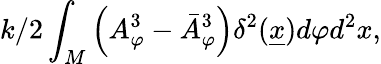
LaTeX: {k/2}\int_{M}\left(A_{\varphi}^{3}-\bar{A}_{\varphi}^{3}\right)\delta^{2}(\underline{{{x}}})d\varphi d^{2}x,